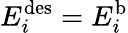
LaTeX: E_{i}^{\mathrm{{des}}}=E_{i}^{\mathrm{{b}}}